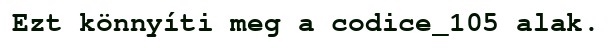
Ezt könnyíti meg a codice_105 alak.